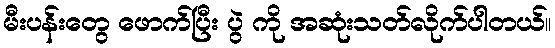
မီးပန်းတွေ ဖောက်ပြီး ပွဲ ကို အဆုံးသတ်လိုက်ပါတယ်။